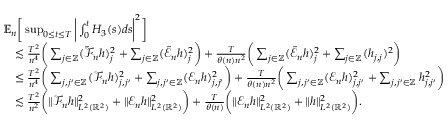
\begin{array} { r l } & { \mathbb { E } _ { n } \bigg [ \operatorname* { s u p } _ { 0 \le t \le T } \bigg | \int _ { 0 } ^ { t } H _ { 3 } ( s ) d s \bigg | ^ { 2 } \bigg ] } \\ & { \quad \lesssim \frac { T ^ { 2 } } { n ^ { 4 } } \bigg ( \sum _ { j \in \mathbb { Z } } ( \Tilde { \mathscr { F } } _ { n } h ) _ { j } ^ { 2 } + \sum _ { j \in \mathbb { Z } } ( \Tilde { \mathscr { E } } _ { n } h ) _ { j } ^ { 2 } \bigg ) + \frac { T } { \theta ( n ) n ^ { 2 } } \bigg ( \sum _ { j \in \mathbb { Z } } ( \Tilde { \mathscr { E } } _ { n } h ) _ { j } ^ { 2 } + \sum _ { j \in \mathbb { Z } } ( h _ { j , j } ) ^ { 2 } \bigg ) } \\ & { \quad \le \frac { T ^ { 2 } } { n ^ { 4 } } \bigg ( \sum _ { j , j ^ { \prime } \in \mathbb { Z } } ( \mathscr { F } _ { n } h ) _ { j , j ^ { \prime } } ^ { 2 } + \sum _ { j , j ^ { \prime } \in \mathbb { Z } } ( \mathscr { E } _ { n } h ) _ { j , j ^ { \prime } } ^ { 2 } \bigg ) + \frac { T } { \theta ( n ) n ^ { 2 } } \bigg ( \sum _ { j , j ^ { \prime } \in \mathbb { Z } } ( \mathscr { E } _ { n } h ) _ { j , j ^ { \prime } } ^ { 2 } + \sum _ { j , j ^ { \prime } \in \mathbb { Z } } h _ { j , j ^ { \prime } } ^ { 2 } \bigg ) } \\ & { \quad \lesssim \frac { T ^ { 2 } } { n ^ { 2 } } \bigg ( \| \mathscr { F } _ { n } h \| _ { L ^ { 2 } ( \mathbb { R } ^ { 2 } ) } ^ { 2 } + \| \mathscr { E } _ { n } h \| _ { L ^ { 2 } ( \mathbb { R } ^ { 2 } ) } ^ { 2 } \bigg ) + \frac { T } { \theta ( n ) } \bigg ( \| \mathscr { E } _ { n } h \| _ { L ^ { 2 } ( \mathbb { R } ^ { 2 } ) } ^ { 2 } + \| h \| _ { L ^ { 2 } ( \mathbb { R } ^ { 2 } ) } ^ { 2 } \bigg ) . } \end{array}